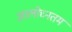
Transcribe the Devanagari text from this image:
आलोच्नतम